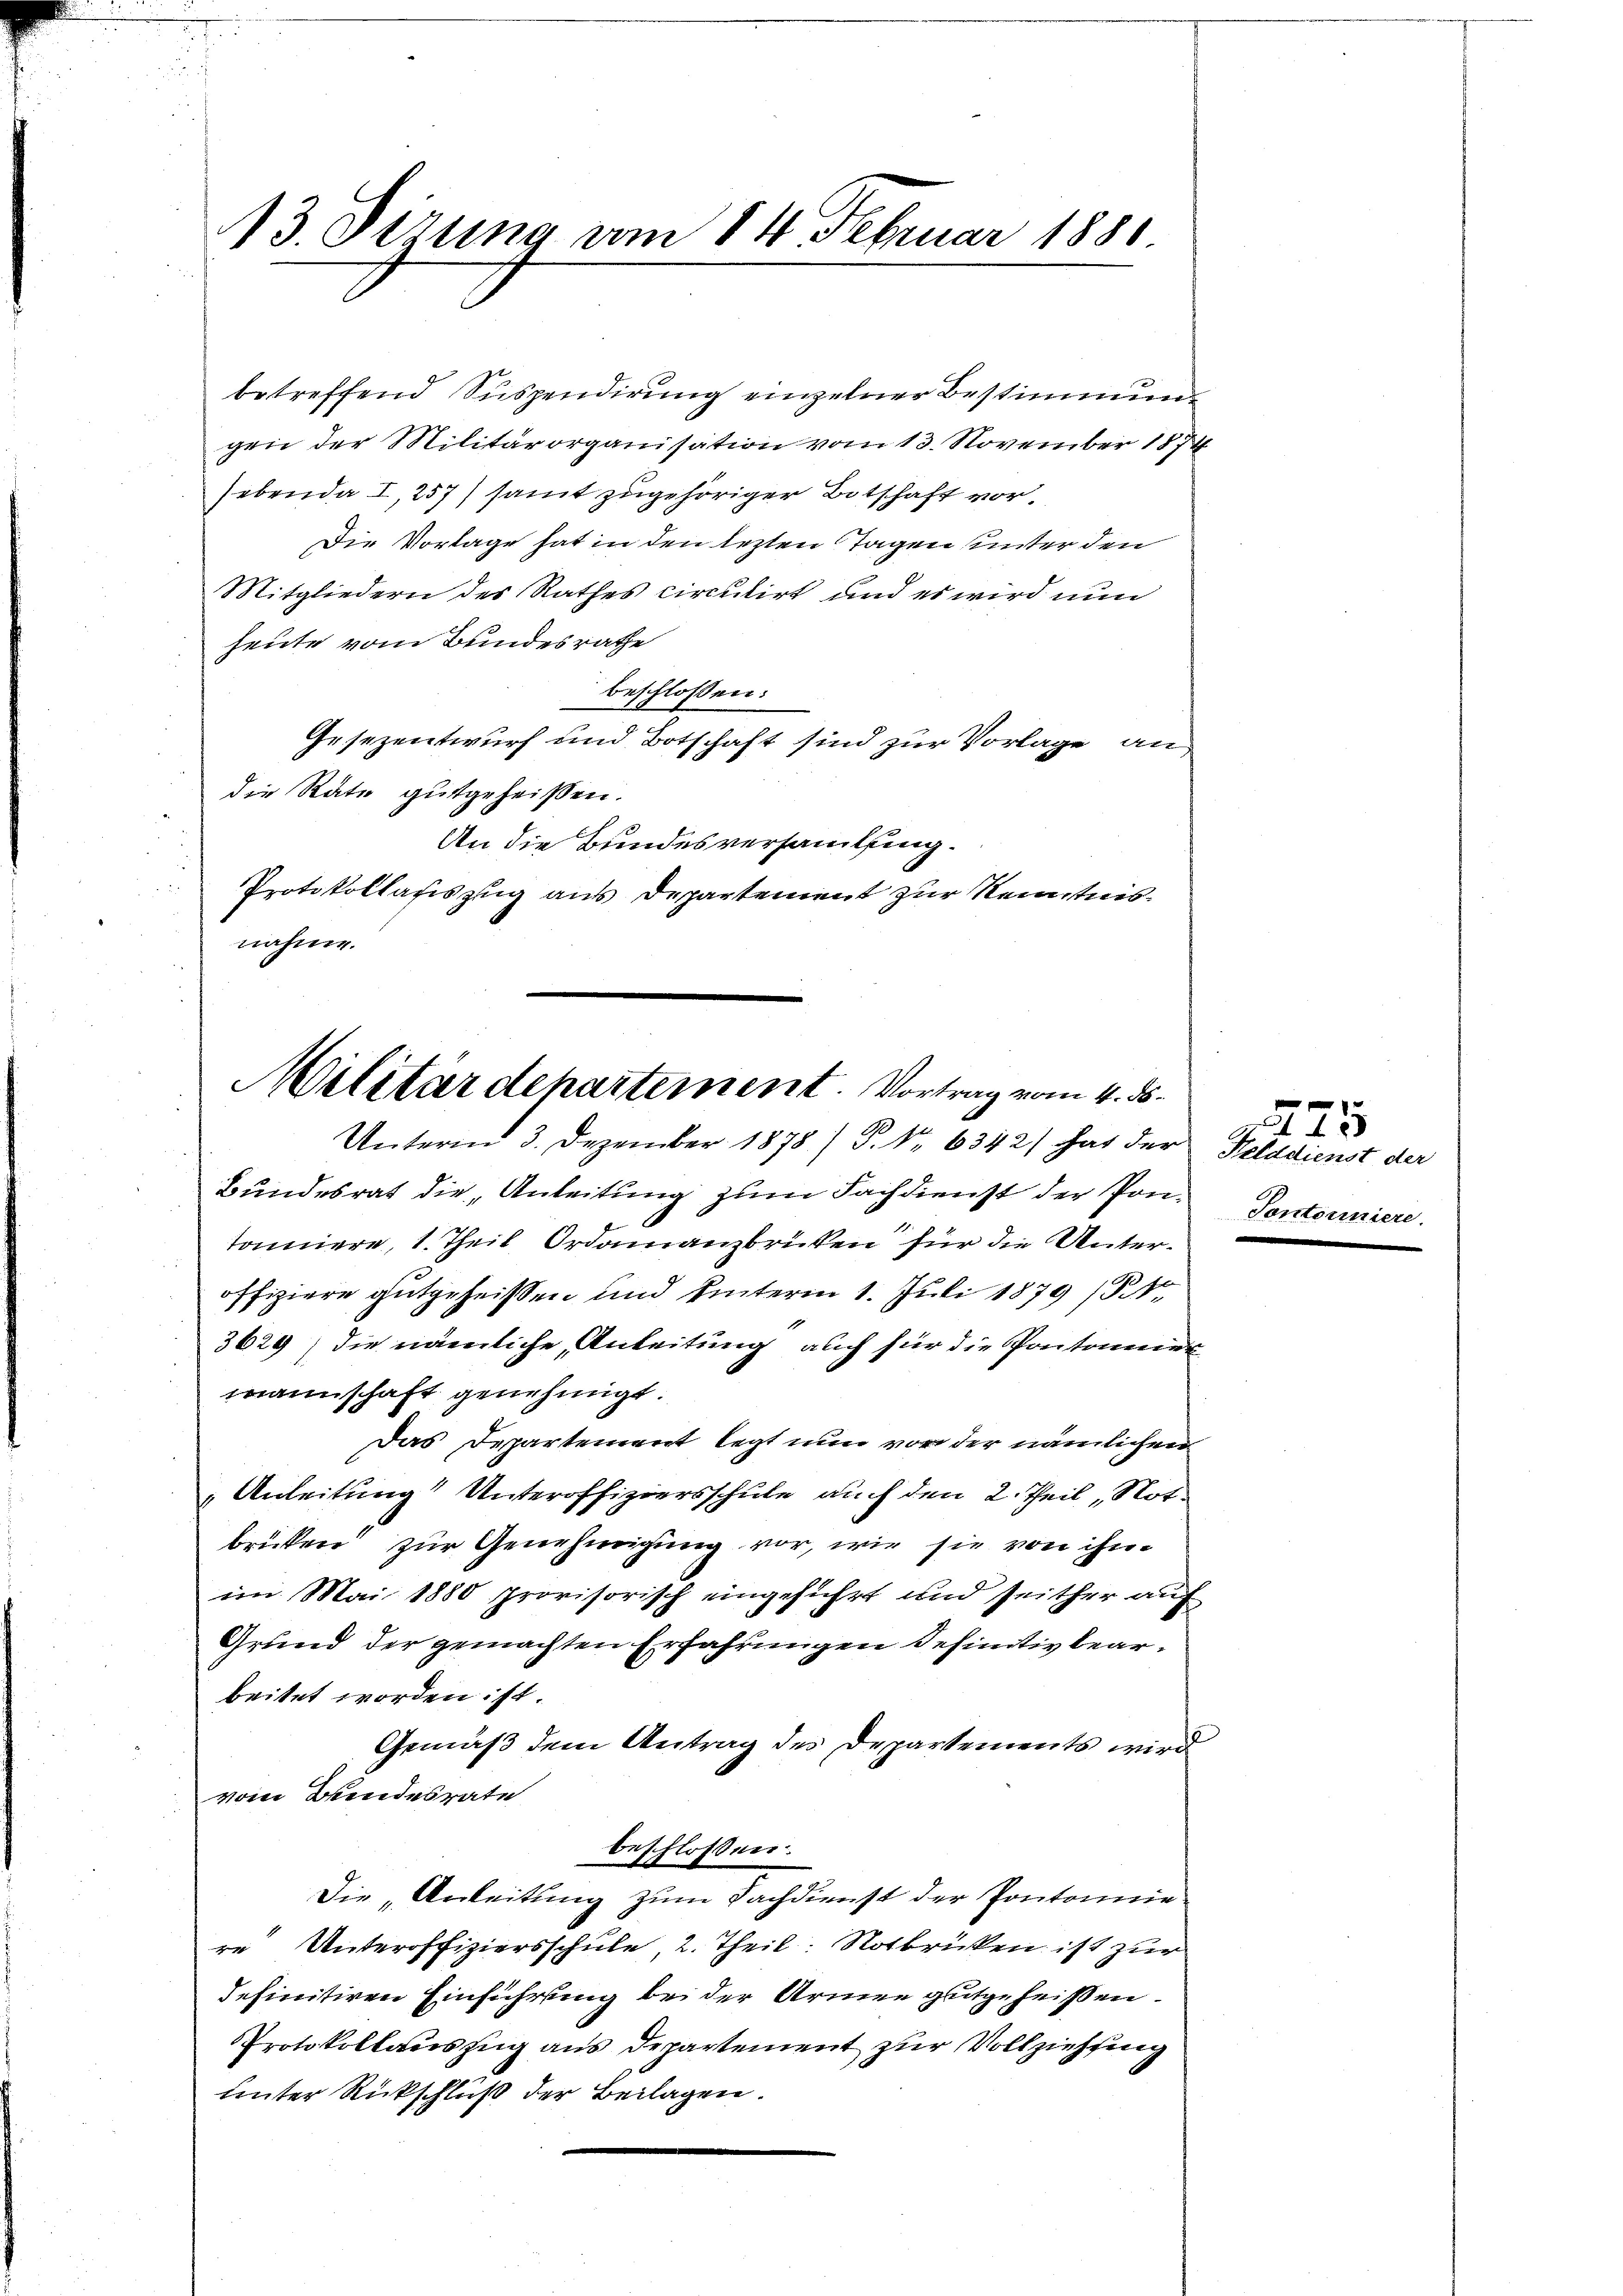
13. Sizung vom 14. Februar 1881

betreffend Suspendirung einzelner Bestimmungen der Militärorganisation vom 13. November 1874
ebenda I, 257) samt zugehöriger Botschaft vor¬
Die Vorlage hat in den lezten Tagen unter den
Mitgliedern des Rathes circulirt und es wird nun
heute vom Bundesrathe
beschloßen:
Gesezentwurf und Botschaft sind zur Vorlage an
die Rate gutgeheißen.
An die Bundesversammlung.
Protokollasiszug aus Departement zur Kenntnisnahme.

Militärdepartement. Vortrag vom 4. ds.
Unterm 3. Dezember 1878/ P. Nr. 6342) hat der Felddienst der

Bundesrat die Anleitung zum Fachdienst der Ponf
tonnere, 1 Theil Ordonanzbriken für die Unteroffiziere gutgeheißen und unterm 1. Juli 1879 (N.
3629) die nämliche Anleitung auch für die Pontonener
mannschaft genehmigt.
Das Departement legt nun vor der nämlichen
Anleitung Unteroffiziersschule auch den 2. Teil Not.
bricken zur Genehmigung vor, wie sie von ihn
im Mai 1880 provisorisch eingeführt und seither auf
Grund der gemachten Erfahrungen definitiv bearbeitet worden ist.
Gemäß dem Antrag des Departements wird
vom Bundesrate
beschlossen:
Die „Anleitung zum Fachdienst der Pontonnie
re Unteroffiziersschule, 2. Theil. Notbrücken ist zur
definitiven Einführung bei der Armen gutgeheißen.
Protokollauszug aus Departement zur Vollziehung
unter Rückschluß der Beilagen.

22
Pontonniere.